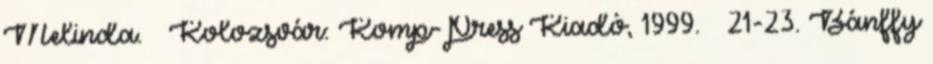
Melinda. – Kolozsvár: Komp-Press Kiadó, 1999. – 21-23. Bánffy